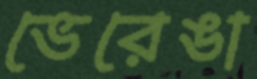
ভেরেঙা